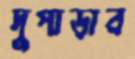
দুপাড়ার